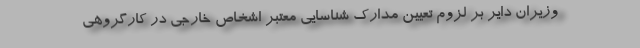
وزیران دایر بر لزوم تعیین مدارک شناسایی معتبر اشخاص خارجی در کارگروهی